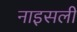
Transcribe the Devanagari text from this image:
नाइसली